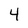
Character: 4